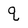
Character: q